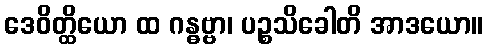
ဒေဝိတ္ထိယော ထ ဂန္ဓဗ္ဗာ၊ ပဉ္စသိခေါတိ အာဒယော။